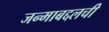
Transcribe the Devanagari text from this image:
जन्माबद्दलची